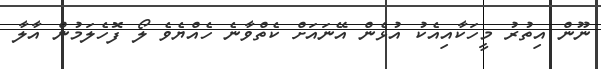
ނޫން އިތުރު މީހަކާއިއެކު އުޅެން އޭނައަށް ކެތްވާނެ ހެއްޔެވެ ލޯ ފޮހެލަމުން އާލާ